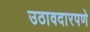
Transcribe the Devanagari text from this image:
उठावदारपणे